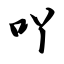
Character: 吖